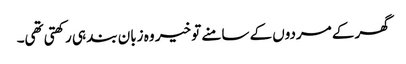
گھر کے مردوں کے سامنے تو خیر وہ زبان بند ہی رکھتی تھی۔